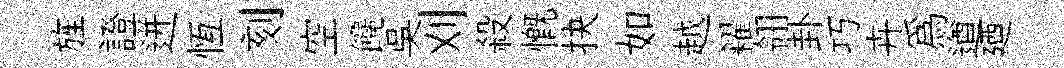
旌證迸恆刻空饞吴刈殺慨抉如越糴翎卦巧卉爲遒廼